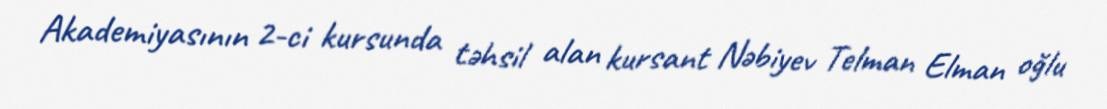
Akademiyasının 2-ci kursunda təhsil alan kursant Nəbiyev Telman Elman oğlu